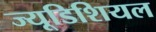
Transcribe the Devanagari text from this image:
ज्यूडिशियल